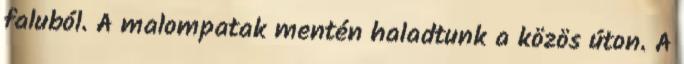
faluból. A malompatak mentén haladtunk a közös úton. A